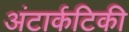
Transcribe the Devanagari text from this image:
अंटार्कटिकी